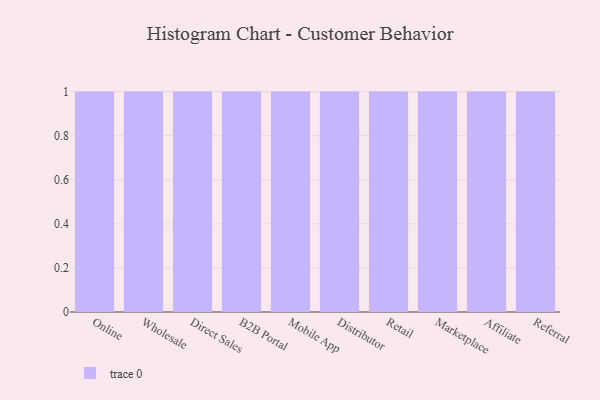
{"axis": {"x": "Channel", "y": "Backlog"}, "legend": [""], "data": [{"x": "Online", "y": 58, "type": ""}, {"x": "Wholesale", "y": 43, "type": ""}, {"x": "Direct Sales", "y": 44, "type": ""}, {"x": "B2B Portal", "y": 33, "type": ""}, {"x": "Mobile App", "y": 74, "type": ""}, {"x": "Distributor", "y": 36, "type": ""}, {"x": "Retail", "y": 39, "type": ""}, {"x": "Marketplace", "y": 92, "type": ""}, {"x": "Affiliate", "y": 10, "type": ""}, {"x": "Referral", "y": 71, "type": ""}]}